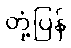
တုံ့ပြန်